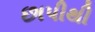
છાપીથી